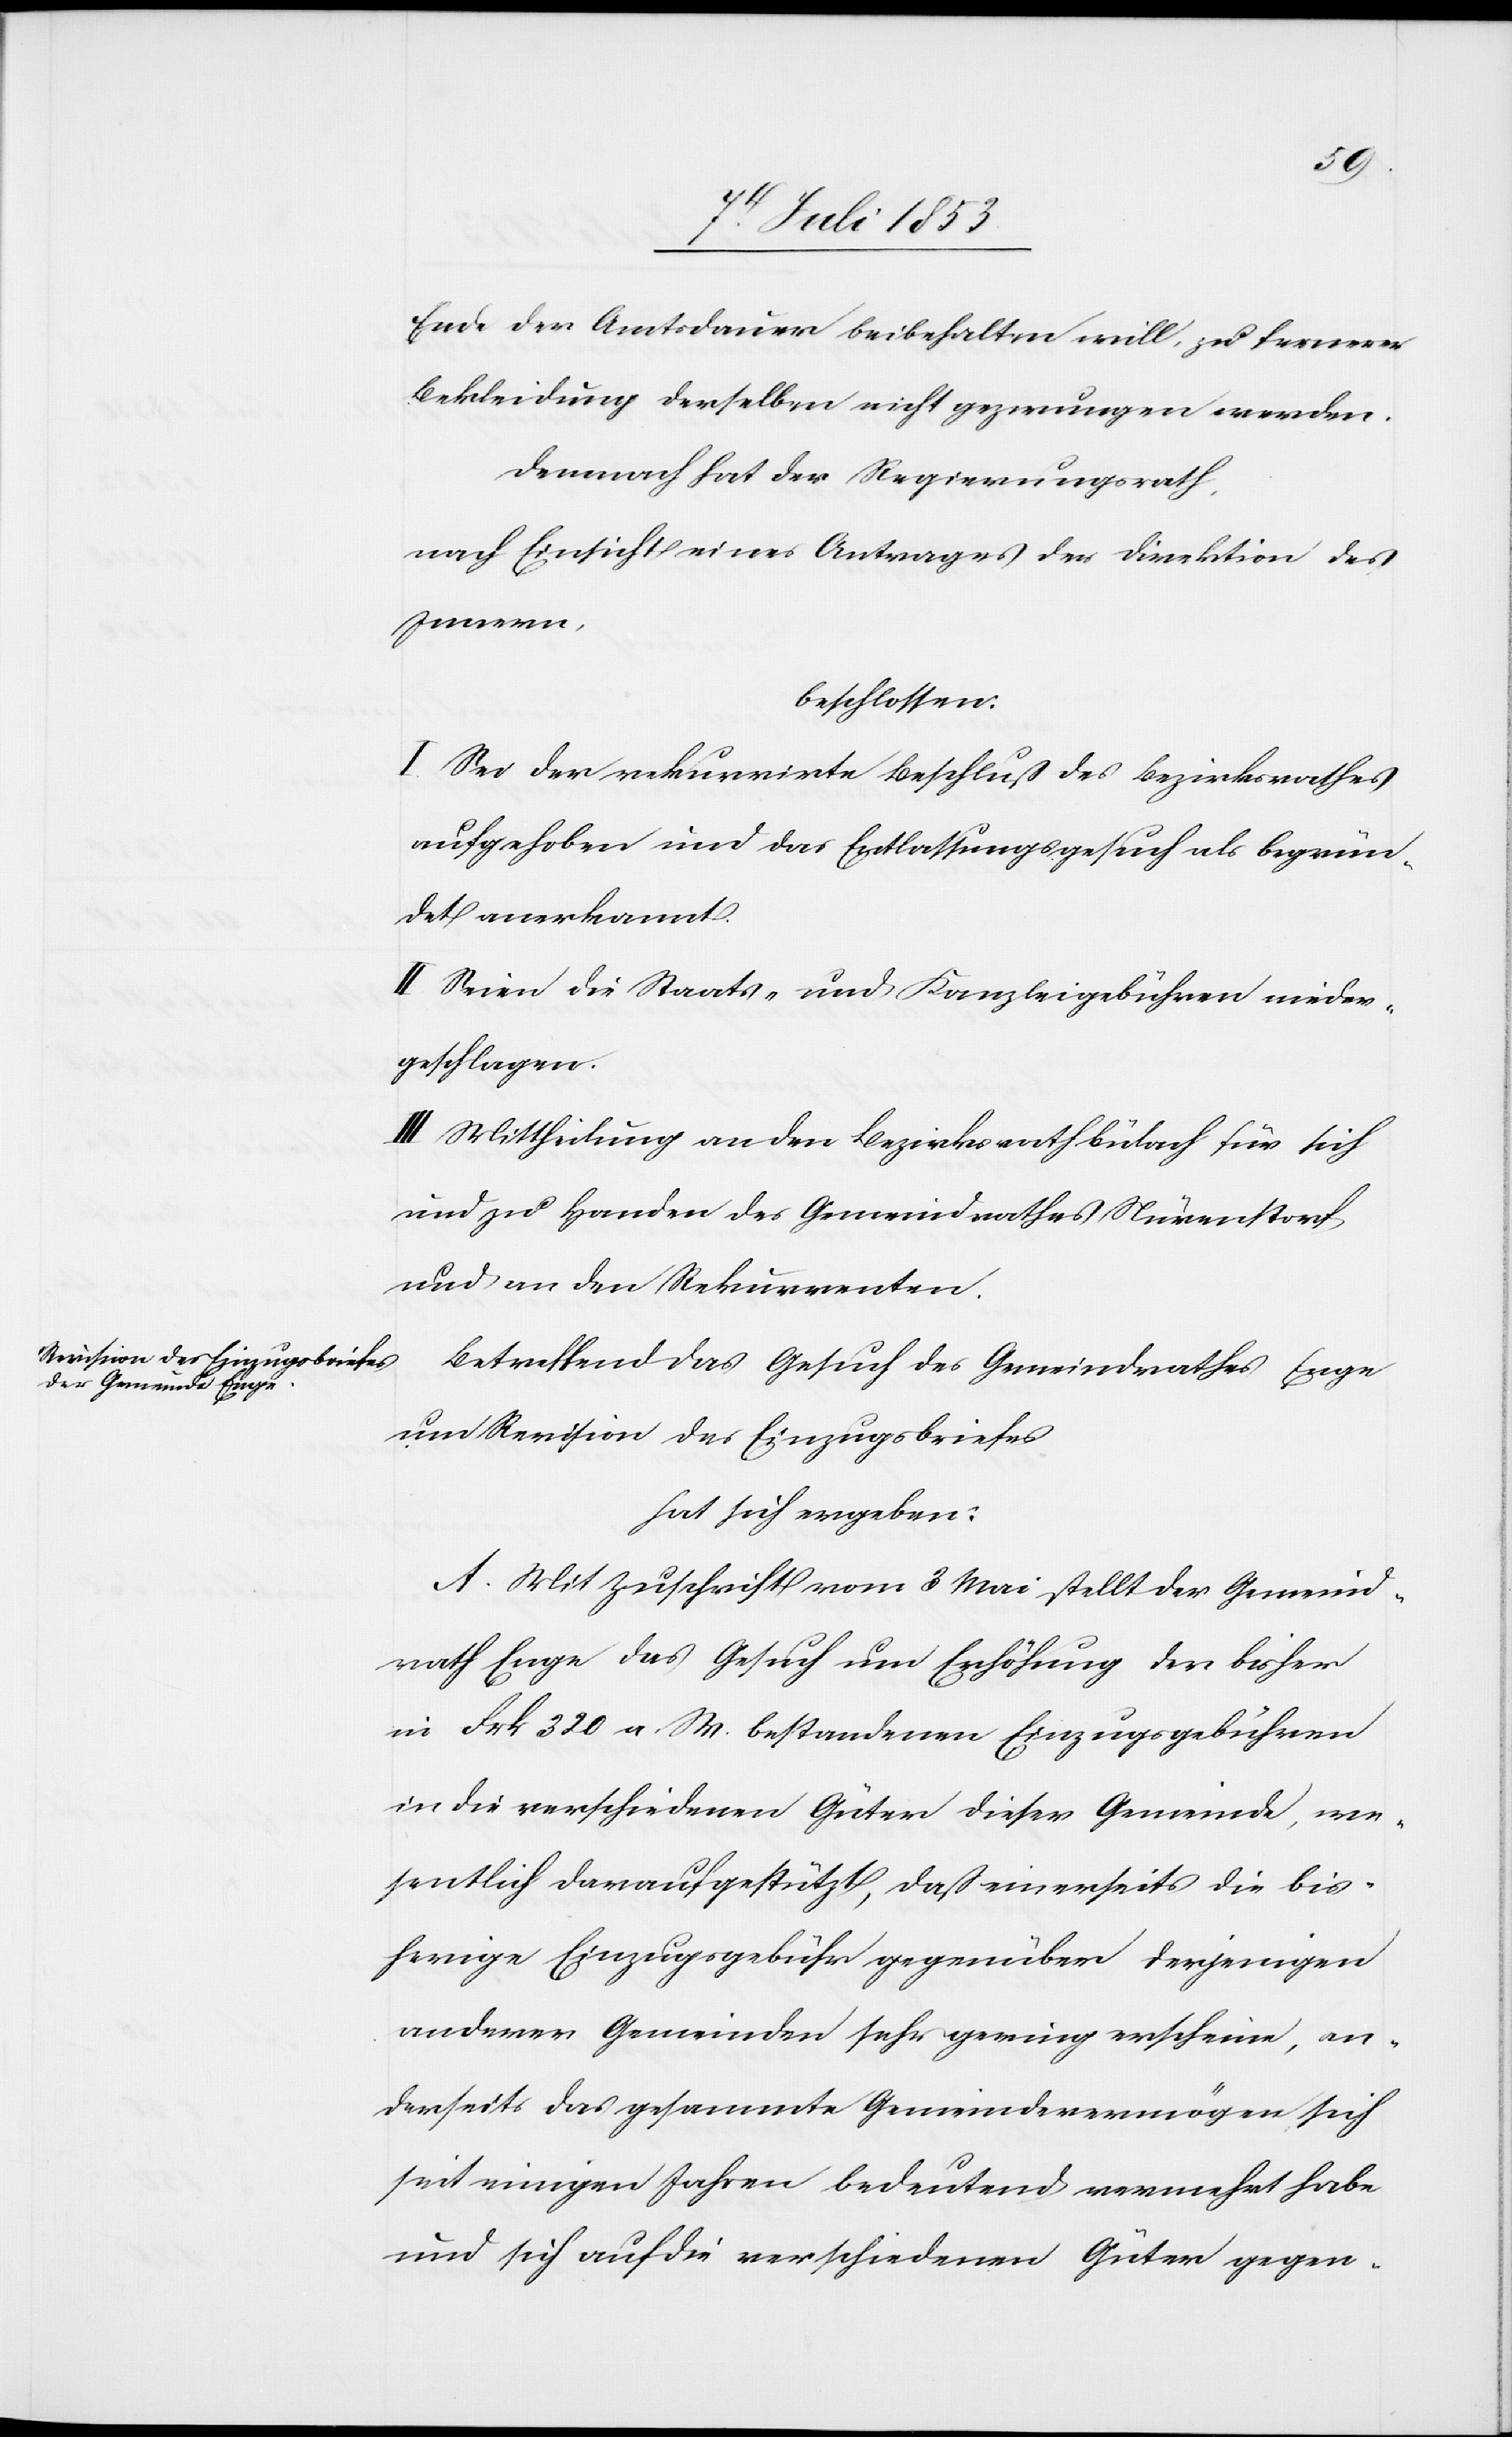
Ende der Amtsdauer beibehalten will, zu fernerer
Bekleidung derselben nicht gezwungen werden.
Demnach hat der Regierungsrath,
nach Einsicht eines Antrages der Direktion des
Innern,
beschlossen:
I. Sei der rekurrirte Beschluß des Bezirksrathes
aufgehoben und das Entlassungsgesuch als begrün¬
det anerkannt.
II. Seien die Staats- und Kanzleigebühren nieder¬
geschlagen.
III. Mittheilung an den Bezirksrath Bülach für sich
und zu Handen des Gemeindrathes Nürenstorf,
und an den Rekurrenten.
Betreffend das Gesuch des Gemeindrathes Enge
um Revision des Einzugsbriefes
hat sich ergeben:
A. Mit Zuschrift vom 3 Mai stellt der Gemeind¬
rath Enge das Gesuch um Erhöhung der bisher
in Frk. 320 a. W. bestandenen Einzugsgebühren
in die verschiedenen Güter dieser Gemeinde, we¬
sentlich daraufgestützt, daß einerseits die bis¬
herige Einzugsgebühr gegenüber derjenigen
anderer Gemeinden sehr gering erscheine, an¬
derseits das gesammte Gemeindsvermögen, sich
seit einigen Jahren bedeutend vermehrt habe
und sich auf die verschiedenen Güter gegen-